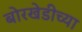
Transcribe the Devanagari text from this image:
बोरखेडीच्या